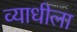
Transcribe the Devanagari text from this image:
व्याधीला